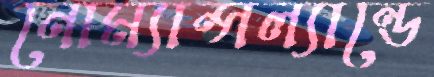
নোম্যান্সল্যান্ডে